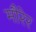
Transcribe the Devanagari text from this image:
मौरेर